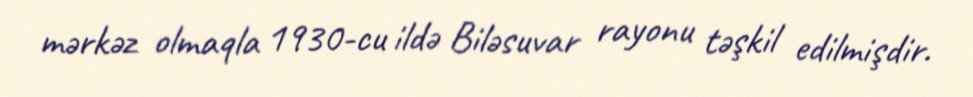
mərkəz olmaqla 1930-cu ildə Biləsuvar rayonu təşkil edilmişdir.